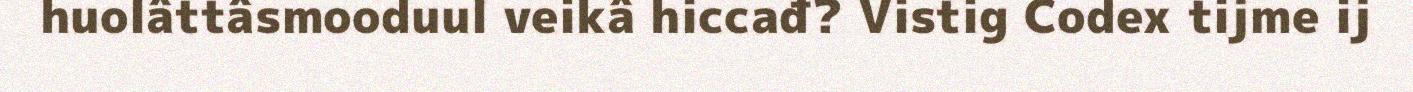
huolâttâsmooduul veikâ hiccađ? Vistig Codex tijme ij